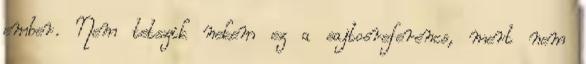
ember. Nem tetszik nekem ez a sajtosreferencs, mert nem